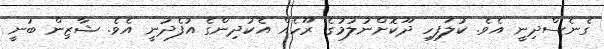
ގެނެސްދިނީ އެވެ. ކުލަފިހި ދޫކޮށްނުލުމުގެ ރޫހެއް އެކުދިންގެ އުފެދުނީ އެވެ. ޝާޒިން ބުނީ